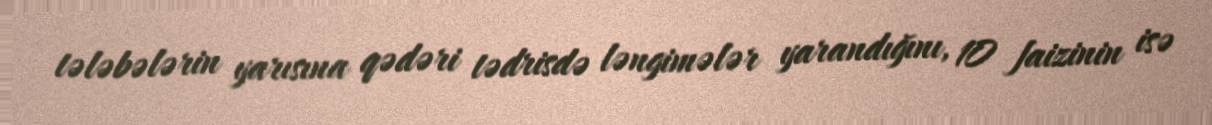
tələbələrin yarısına qədəri tədrisdə ləngimələr yarandığını, 10 faizinin isə